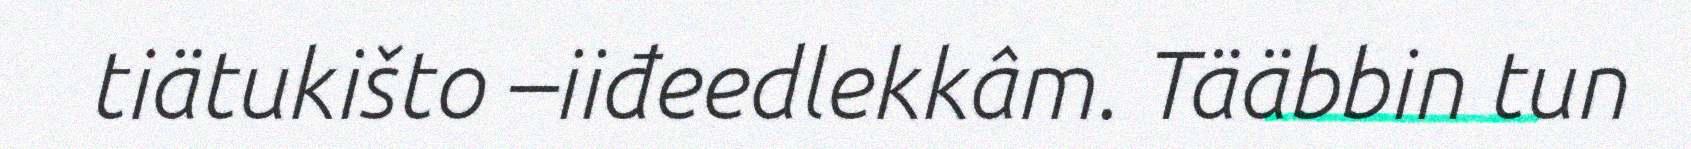
tiätukišto –iiđeedlekkâm. Tääbbin tun